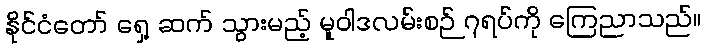
နိုင်ငံတော် ရှေ့ ဆက် သွားမည့် မူဝါဒလမ်းစဉ် ၇ရပ်ကို ကြေညာသည်။